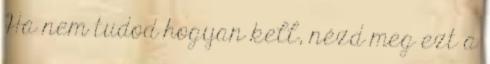
Ha nem tudod hogyan kell, nézd meg ezt a